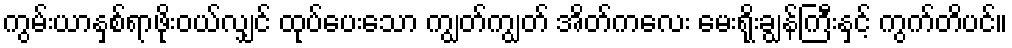
ကွမ်းယာနှစ်ရာဖိုးဝယ်လျှင် ထုပ်ပေးသော ကျွတ်ကျွတ် အိတ်ကလေး မေးရိုးချွန်ကြီးနှင့် ကွက်တိပင်။